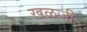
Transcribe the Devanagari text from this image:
खळजी